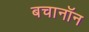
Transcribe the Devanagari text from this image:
बचानॉन